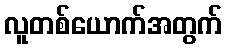
လူတစ်ယောက်အတွက်